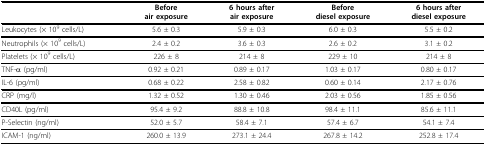
|  | Beforeair exposure | 6 hours afterair exposure | Beforediesel exposure | 6 hours afterdiesel exposure |
 | --- | --- | --- | --- | --- |
 | Leukocytes (× 109 cells/L) | 5.6 ± 0.3 | 5.9 ± 0.3 | 6.0 ± 0.3 | 5.5 ± 0.2 |
 | Neutrophils (× 109 cells/L) | 2.4 ± 0.2 | 3.6 ± 0.3 | 2.6 ± 0.2 | 3.1 ± 0.2 |
 | Platelets (× 109 cells/L) | 226 ± 8 | 214 ± 8 | 229 ± 10 | 214 ± 8 |
 | TNF-α (pg/ml) | 0.92 ± 0.21 | 0.89 ± 0.17 | 1.03 ± 0.17 | 0.80 ± 0.17 |
 | IL-6 (pg/ml) | 0.68 ± 0.22 | 2.58 ± 0.82 | 0.60 ± 0.14 | 2.17 ± 0.76 |
 | CRP (mg/l) | 1.32 ± 0.52 | 1.30 ± 0.46 | 2.03 ± 0.56 | 1.85 ± 0.56 |
 | CD40L (pg/ml) | 95.4 ± 9.2 | 88.8 ± 10.8 | 98.4 ± 11.1 | 85.6 ± 11.1 |
 | P-Selectin (ng/ml) | 52.0 ± 5.7 | 58.4 ± 7.1 | 57.4 ± 6.7 | 54.1 ± 7.4 |
 | ICAM-1 (ng/ml) | 260.0 ± 13.9 | 273.1 ± 24.4 | 267.8 ± 14.2 | 252.8 ± 17.4 |